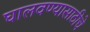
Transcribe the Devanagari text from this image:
घालवण्यासाठीचे